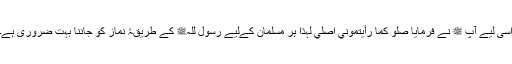
اسی لیے آپ ﷺ نے فرمایا صلو كما رأيتموني اصلي لہذا ہر مسلمان کےلیے رسول للہﷺ کے طریقۂ نماز کو جاننا بہت ضروری ہے۔